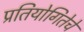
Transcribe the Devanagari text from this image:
प्रतियोगितेचे